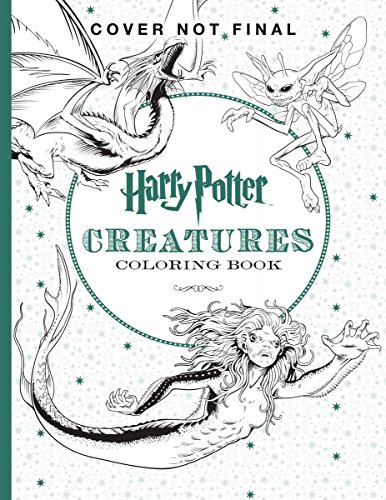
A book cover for Harry Potter Creatures Coloring Book; Scholastic; Children's Books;